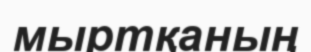
мыртқаның